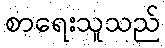
စာရေးသူသည်